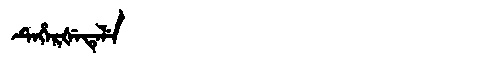
Manchu: ᡨᡝᡥᡝᡵᡧᡝᡨᡝᠯᡝ
Romanization: TEHERŠETELE